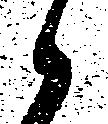
候